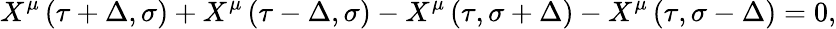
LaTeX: X^{\mu}\left(\tau+\Delta,\sigma\right)+X^{\mu}\left(\tau-\Delta,\sigma\right)-X^{\mu}\left(\tau,\sigma+\Delta\right)-X^{\mu}\left(\tau,\sigma-\Delta\right)=0,